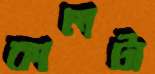
কালটা